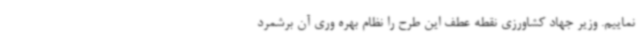
نماییم. وزیر جهاد کشاورزی نقطه عطف این طرح را نظام بهره وری آن برشمرد